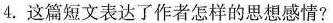
4.这篇短文表达了作者怎样的思想感情?